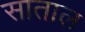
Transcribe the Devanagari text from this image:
साताल